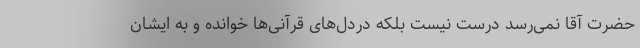
حضرت آقا نمی‌رسد درست نیست بلکه دردل‌های قرآنی‌ها خوانده و به ایشان